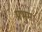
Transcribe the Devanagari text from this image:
प्रभुम्।